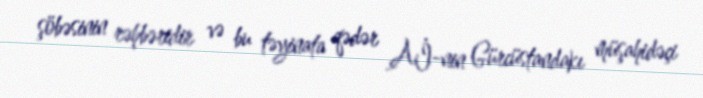
şöbəsinin rəhbəridir və bu təyinata qədər Aİ-nin Gürcüstandakı müşahidəçi